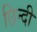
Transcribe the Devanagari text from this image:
छिन्दी